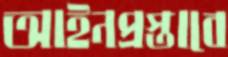
আইনপ্রস্তাবে